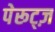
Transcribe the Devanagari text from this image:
पेरूट्ज़